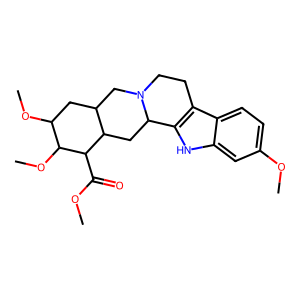
SMILES: COC(=O)C1C2CC3c4[nH]c5cc(OC)ccc5c4CCN3CC2CC(OC)C1OC
Inhibits HIV replication: No